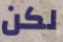
لكن